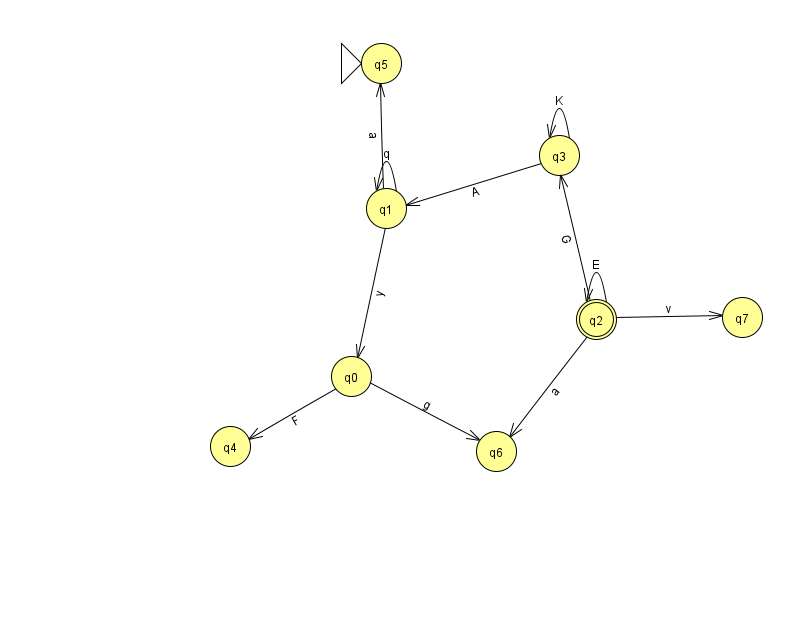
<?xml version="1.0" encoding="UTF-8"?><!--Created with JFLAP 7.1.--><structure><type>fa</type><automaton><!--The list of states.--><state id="0" name="q0"><x>351.0</x><y>363.0</y></state><state id="1" name="q1"><x>386.0</x><y>195.0</y></state><state id="2" name="q2"><x>596.0</x><y>306.0</y><final/></state><state id="3" name="q3"><x>559.0</x><y>142.0</y></state><state id="4" name="q4"><x>230.0</x><y>433.0</y></state><state id="5" name="q5"><x>381.0</x><y>50.0</y><initial/></state><state id="6" name="q6"><x>496.0</x><y>438.0</y></state><state id="7" name="q7"><x>742.0</x><y>304.0</y></state><!--The list of transitions.--><transition><from>2</from><to>6</to><read>a</read></transition><transition><from>1</from><to>1</to><read>q</read></transition><transition><from>2</from><to>7</to><read>v</read></transition><transition><from>3</from><to>1</to><read>A</read></transition><transition><from>2</from><to>2</to><read>E</read></transition><transition><from>0</from><to>6</to><read>g</read></transition><transition><from>1</from><to>5</to><read>a</read></transition><transition><from>2</from><to>3</to><read>G</read></transition><transition><from>0</from><to>4</to><read>F</read></transition><transition><from>3</from><to>3</to><read>K</read></transition><transition><from>1</from><to>0</to><read>y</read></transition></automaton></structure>